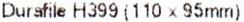
DURSFILE H399(110 X 95MM)